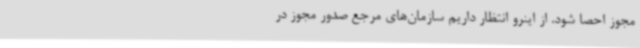
مجوز احصا شود. از اینرو انتظار داریم سازمان‌های مرجع صدور مجوز در